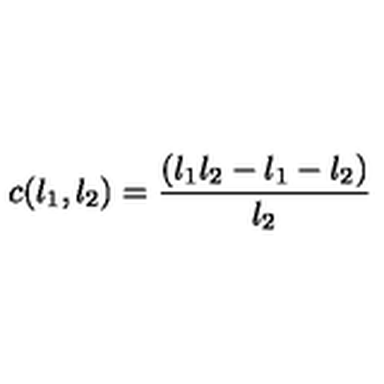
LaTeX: c ( l _ { 1 } , l _ { 2 } ) = \frac { ( l _ { 1 } l _ { 2 } - l _ { 1 } - l _ { 2 } ) } { l _ { 2 } }